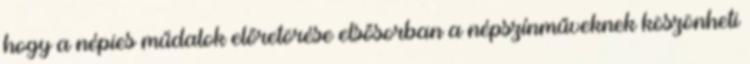
hogy a népies műdalok előretörése elsősorban a népszínműveknek köszönheti